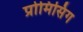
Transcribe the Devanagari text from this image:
प्रोमिसिंग